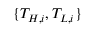
\{ T _ { H , i } , T _ { L , i } \}